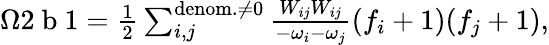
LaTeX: \begin{array}{r}{\Omega 2\mathrm{~b~}1=\frac{1}{2}\sum_{i,j}^{\mathrm{denom.}\neq 0}\frac{W_{ij}W_{ij}}{-\omega_{i}-\omega_{j}}(f_{i}+1)(f_{j}+1),}\end{array}